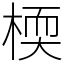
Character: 㮕